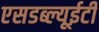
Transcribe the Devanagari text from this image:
एसडब्ल्यूईटी